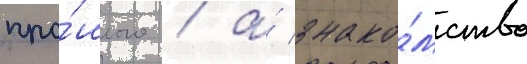
про́шлого / а́ знако́мство